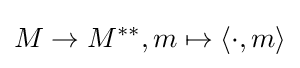
M\to M^{**},m\mapsto \langle \cdot ,m\rangle